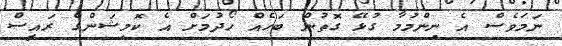
ނަމަވެސް އެ ނިންމުމާ ގުޅޭ ގޮތުން ބަހެއް ހޯދުމަށް އެ ކޮމިޝަންގެ ރައީސް